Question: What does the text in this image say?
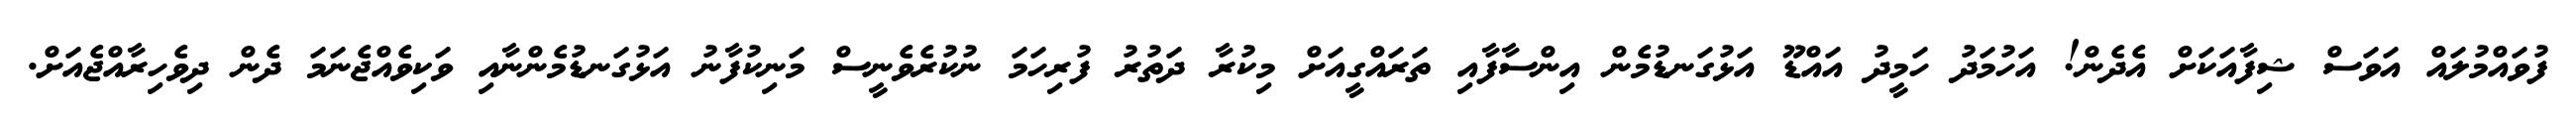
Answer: ފުވައްމުލައް އަވަސް ޝިފާއަކަށް އެދެން! އަހުމަދު ހަމީދު އައްޑޫ އަޅުގަނޑުމެން އިންސާފާއި ތަރައްގީއަށް މިކުރާ ދަތުރު ފުރިހަމަ ނުކުރެވެނީސް މަނިކުފާނު އަޅުގަނޑުމެންނާއި ވަކިވެއްޖެނަމަ ދެން ދިވެހިރާއްޖެއަށް.